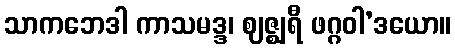
သာကဘေဒါ ကာသမဒ္ဒ၊ ဈဇ္ဈရီ ဖဂ္ဂဝါ’ဒယော။